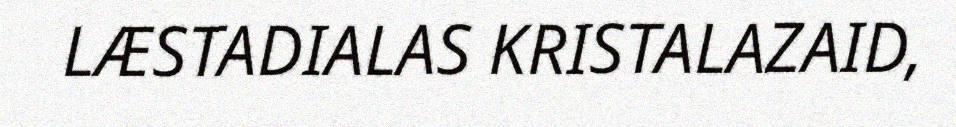
LÆSTADIALAS KRISTALAZAID,